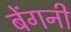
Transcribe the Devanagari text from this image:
बेंगनी